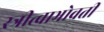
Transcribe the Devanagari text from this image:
स्त्रीत्वाभोवती